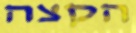
הקצה